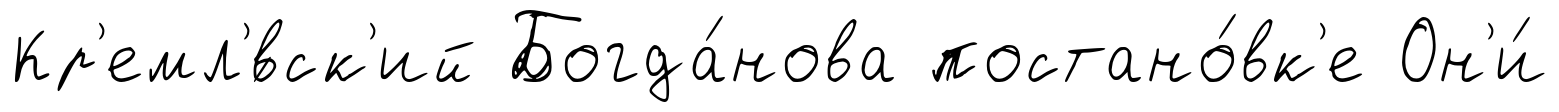
Кр'емл'́вск'ий Богда́нова постано́вк'е Он'и́